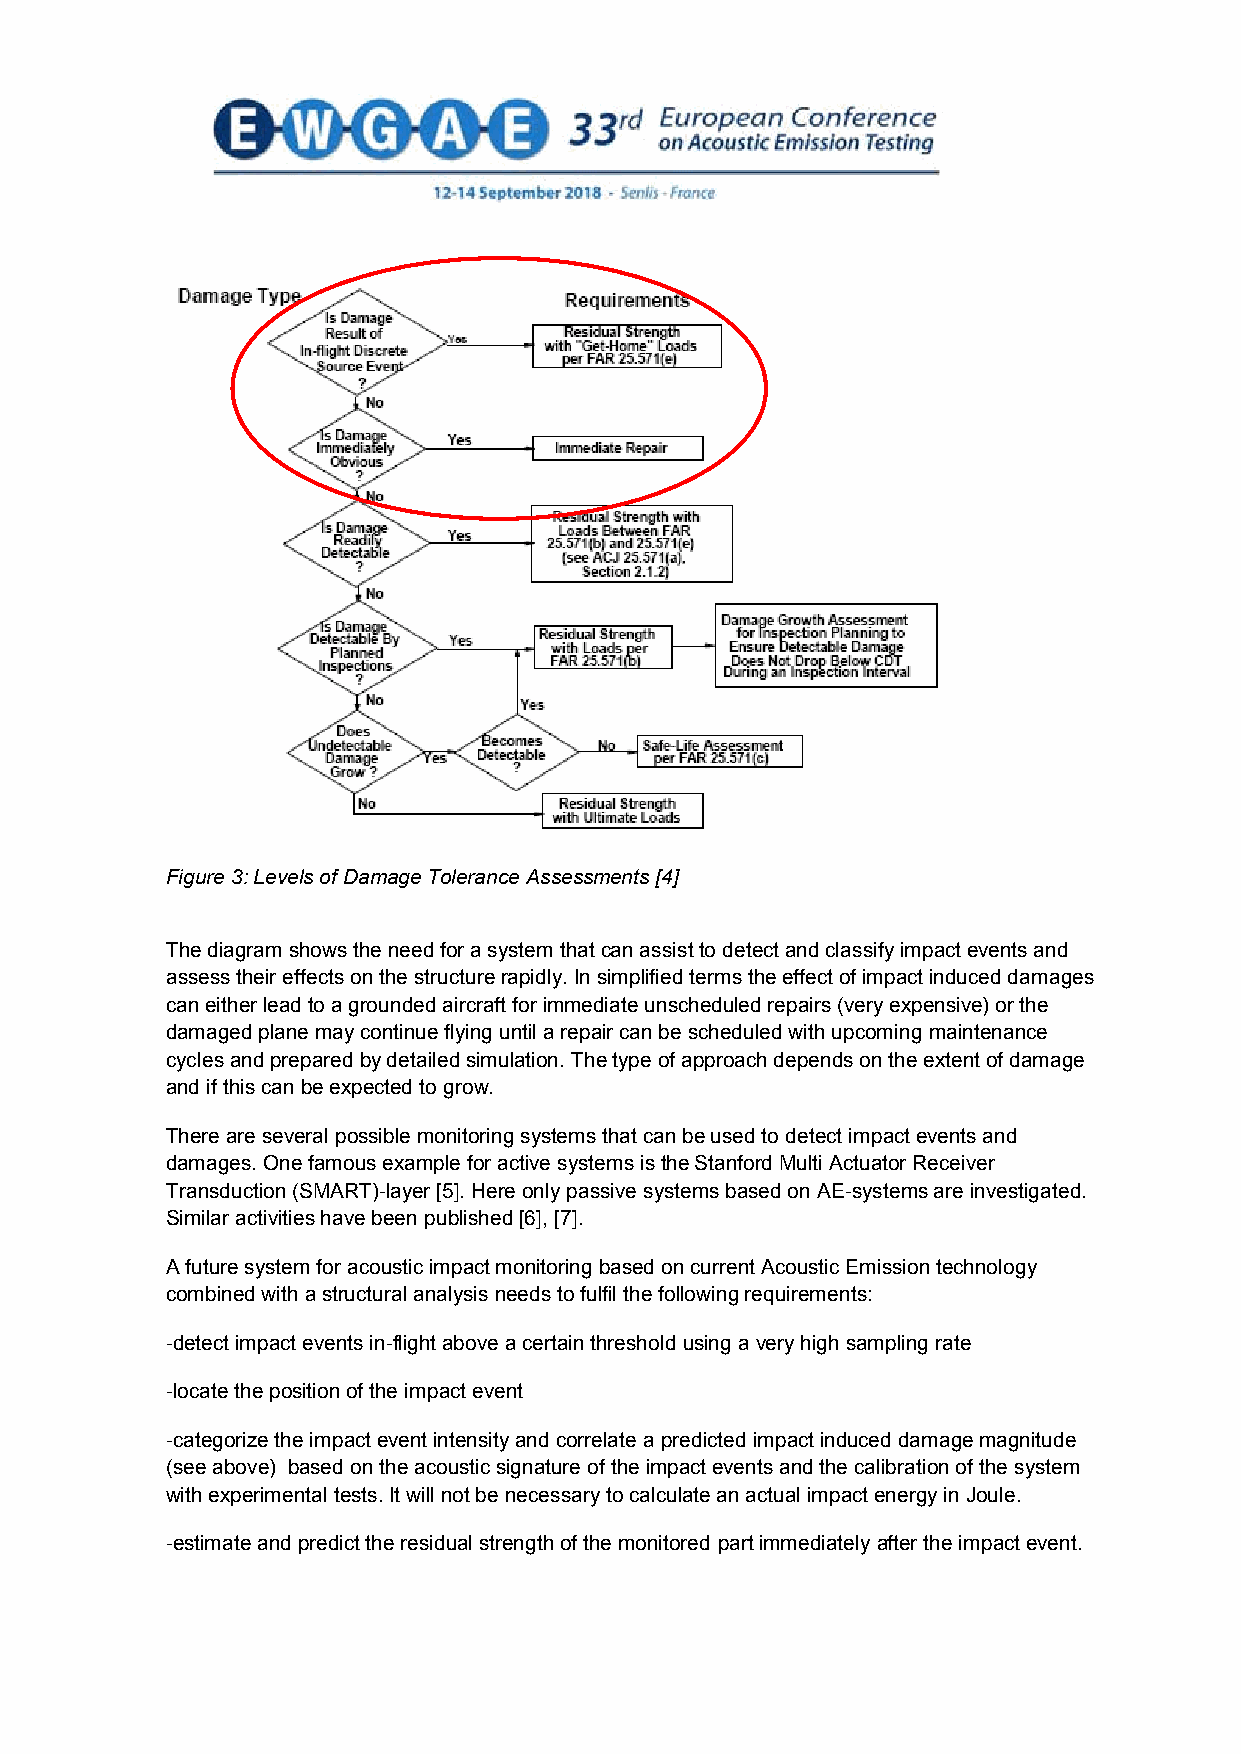
Figure 3: Levels of Damage Tolerance Assessments [4]
 The diagram shows the need for a system that can assist to detect and classify impact events and
 assess their effects on the structure rapidly. In simplified terms the effect of impact induced damages
 can either lead to a grounded aircraft for immediate unscheduled repairs (very expensive) or the
 damaged plane may continue flying until a repair can be scheduled with upcoming maintenance
 cycles and prepared by detailed simulation. The type of approach depends on the extent of damage
 and if this can be expected to grow.
 There are several possible monitoring systems that can be used to detect impact events and
 damages. One famous example for active systems is the Stanford Multi Actuator Receiver
 Transduction (SMART)-layer [5]. Here only passive systems based on AE-systems are investigated.
 Similar activities have been published [6], [7].
 A future system for acoustic impact monitoring based on current Acoustic Emission technology
 combined with a structural analysis needs to fulfil the following requirements:
 -detect impact events in-flight above a certain threshold using a very high sampling rate
 -locate the position of the impact event
 -categorize the impact event intensity and correlate a predicted impact induced damage magnitude
 (see above) based on the acoustic signature of the impact events and the calibration of the system
 with experimental tests. It will not be necessary to calculate an actual impact energy in Joule.
 -estimate and predict the residual strength of the monitored part immediately after the impact event.
 4